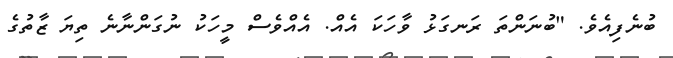
ބުނެފިއެވެ. "ބުނަންތަ ރަނގަޅު ވާހަކަ އެއް. އެއްވެސް މީހަކު ނުގަންނާނެ ތިޔަ ޒާތުގެ